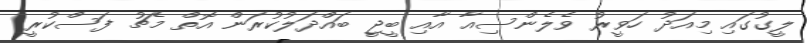
ލީގުގައި މިއަދު ހަވީރު ވެލެންސިއާ އާއި ބީޖީ ބައްދަލުކުރަން އޮތް މެޗު ފަސްކުރީ